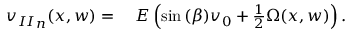
\begin{array} { r l } { { v _ { I I } } _ { n } ( x , w ) = { } } & { { } E \left( \sin { ( \beta ) } v _ { 0 } + \frac { 1 } { 2 } \Omega ( x , w ) \right) . } \end{array}